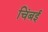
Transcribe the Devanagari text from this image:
चिंबई